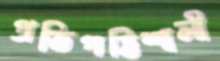
প্রতিপত্তিশালী